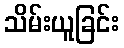
သိမ်းယူခြင်း